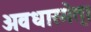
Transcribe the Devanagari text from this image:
अवधारमेत्।